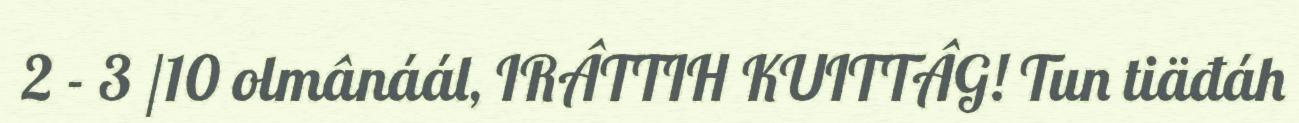
2 - 3 /10 olmânáál, IRÂTTIH KUITTÂG! Tun tiäđáh